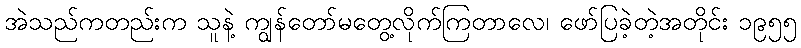
အဲသည်ကတည်းက သူနဲ့ ကျွန်တော်မတွေ့လိုက်ကြတာလေ၊ ဖော်ပြခဲ့တဲ့အတိုင်း ၁၉၅၅